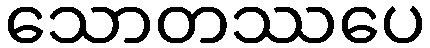
သောတဿပေ